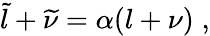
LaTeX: \widetilde{l}+\widetilde{\nu}=\alpha(l+\nu)\; ,